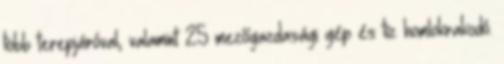
több terepjáróval, valamint 25 mezőgazdasági gép és tíz homlokrakodó.